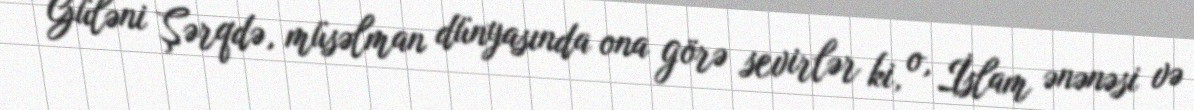
– Güləni Şərqdə, müsəlman dünyasında ona görə sevirlər ki, o, İslam ənənəsi və